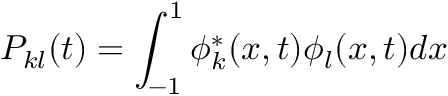
P _ { k l } ( t ) = \int _ { - 1 } ^ { 1 } \phi _ { k } ^ { * } ( x , t ) \phi _ { l } ( x , t ) d x